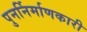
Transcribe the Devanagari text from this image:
पुनर्निर्माणकारी